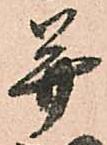
并